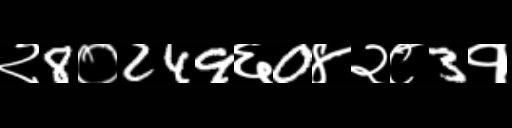
Text: २8०249६0४२८3१